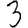
Digit: 3